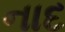
નાદ